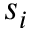
s _ { i }